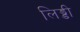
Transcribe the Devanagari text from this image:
लिड्डी